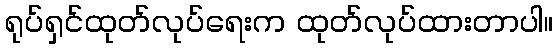
ရုပ်ရှင်ထုတ်လုပ်ရေးက ထုတ်လုပ်ထားတာပါ။